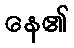
နေ၏